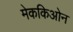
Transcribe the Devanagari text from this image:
मेककिओन